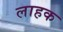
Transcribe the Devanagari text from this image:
लाहक